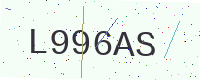
Text: L996AS